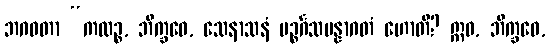
ဘဂဝတာ “ကထဉ္စ, ဘိက္ခဝေ, သေနာသနံ ပဉ္စင်္ဂသမန္နာဂတံ ဟောတိ? ဣဓ, ဘိက္ခဝေ,